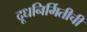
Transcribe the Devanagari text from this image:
दूधनिर्मितीची